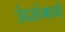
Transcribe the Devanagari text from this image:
उंदरांमध्ये